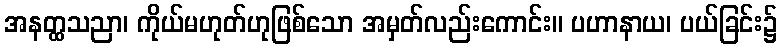
အနတ္ထသညာ၊ ကိုယ်မဟုတ်ဟုဖြစ်သော အမှတ်လည်းကောင်း။ ပဟာနာယ၊ ပယ်ခြင်း၌